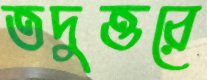
তদুত্তরে